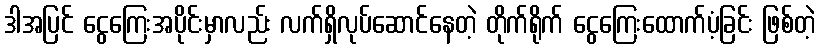
ဒါအပြင် ငွေကြေးအပိုင်းမှာလည်း လက်ရှိလုပ်ဆောင်နေတဲ့ တိုက်ရိုက် ငွေကြေးထောက်ပံ့ခြင်း ဖြစ်တဲ့